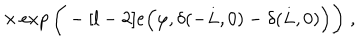
LaTeX: \times \exp \bigg ( - [ l - 2 ] e \Big ( \varphi , \delta ( - L , 0 ) - \delta ( L , 0 ) \Big ) \bigg ) \; ,